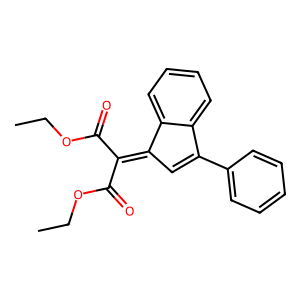
SMILES: CCOC(=O)C(C(=O)OCC)=C1C=C(c2ccccc2)c2ccccc21
Inhibits HIV replication: No